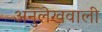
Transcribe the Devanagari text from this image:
अनुलेखवाली